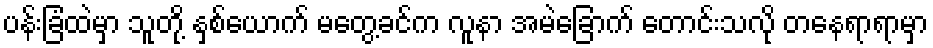
ပန်းခြံထဲမှာ သူတို့ နှစ်ယောက် မတွေ့ခင်က လူနာ အမဲခြောက် တောင်းသလို တနေရာရာမှာ